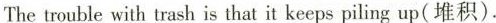
The trouble with trash is that it keeps piling up(堆积).